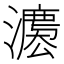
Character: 𱩬